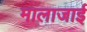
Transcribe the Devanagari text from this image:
मालाजाई